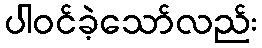
ပါဝင်ခဲ့သော်လည်း